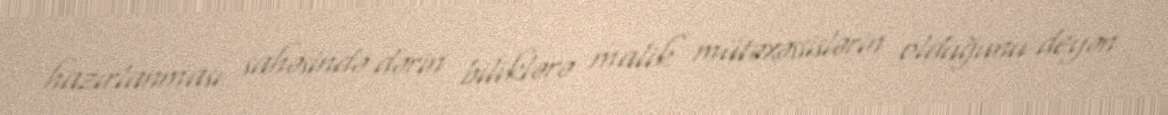
hazırlanması sahəsində dərin biliklərə malik mütəxəssislərin olduğunu deyən